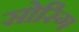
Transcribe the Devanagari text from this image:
सोरिंग